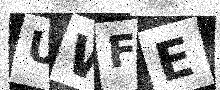
Text: UWFE